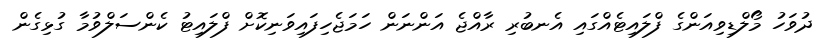
ދުވަހު މޯލްޑިވިއަންގެ ފްލައިޓެއްގައި އެނބުރި ރާއްޖެ އަންނަން ހަމަޖެހިފައިވަނިކޮށް ފްލައިޓު ކެންސަލްވުމާ ގުޅިގެން